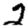
Digit: 2